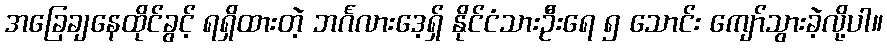
အခြေချနေထိုင်ခွင့် ရရှိထားတဲ့ ဘင်္ဂလားဒေ့ရှ် နိုင်ငံသားဦးရေ ၅ သောင်း ကျော်သွားခဲ့လို့ပါ။